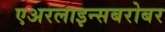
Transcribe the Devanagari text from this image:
एअरलाइन्सबरोबर